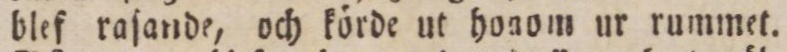
blef raſande, och körde ut honom ur rummet.